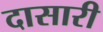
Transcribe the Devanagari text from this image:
दासारी